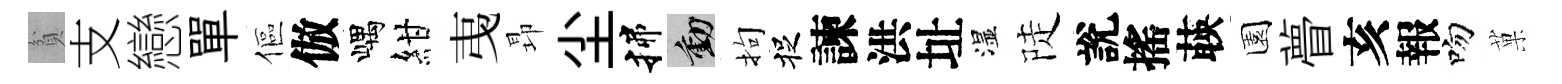
貧支戀單傴倣嵎紺𢎯昻尘揲動拘捉諫洪址湿陡說搖𦴤園瞢亥報吻菓